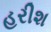
હરીશ